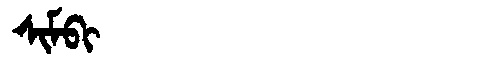
Manchu: ᠰᡳᠮᠪᡳ
Romanization: SIMBI